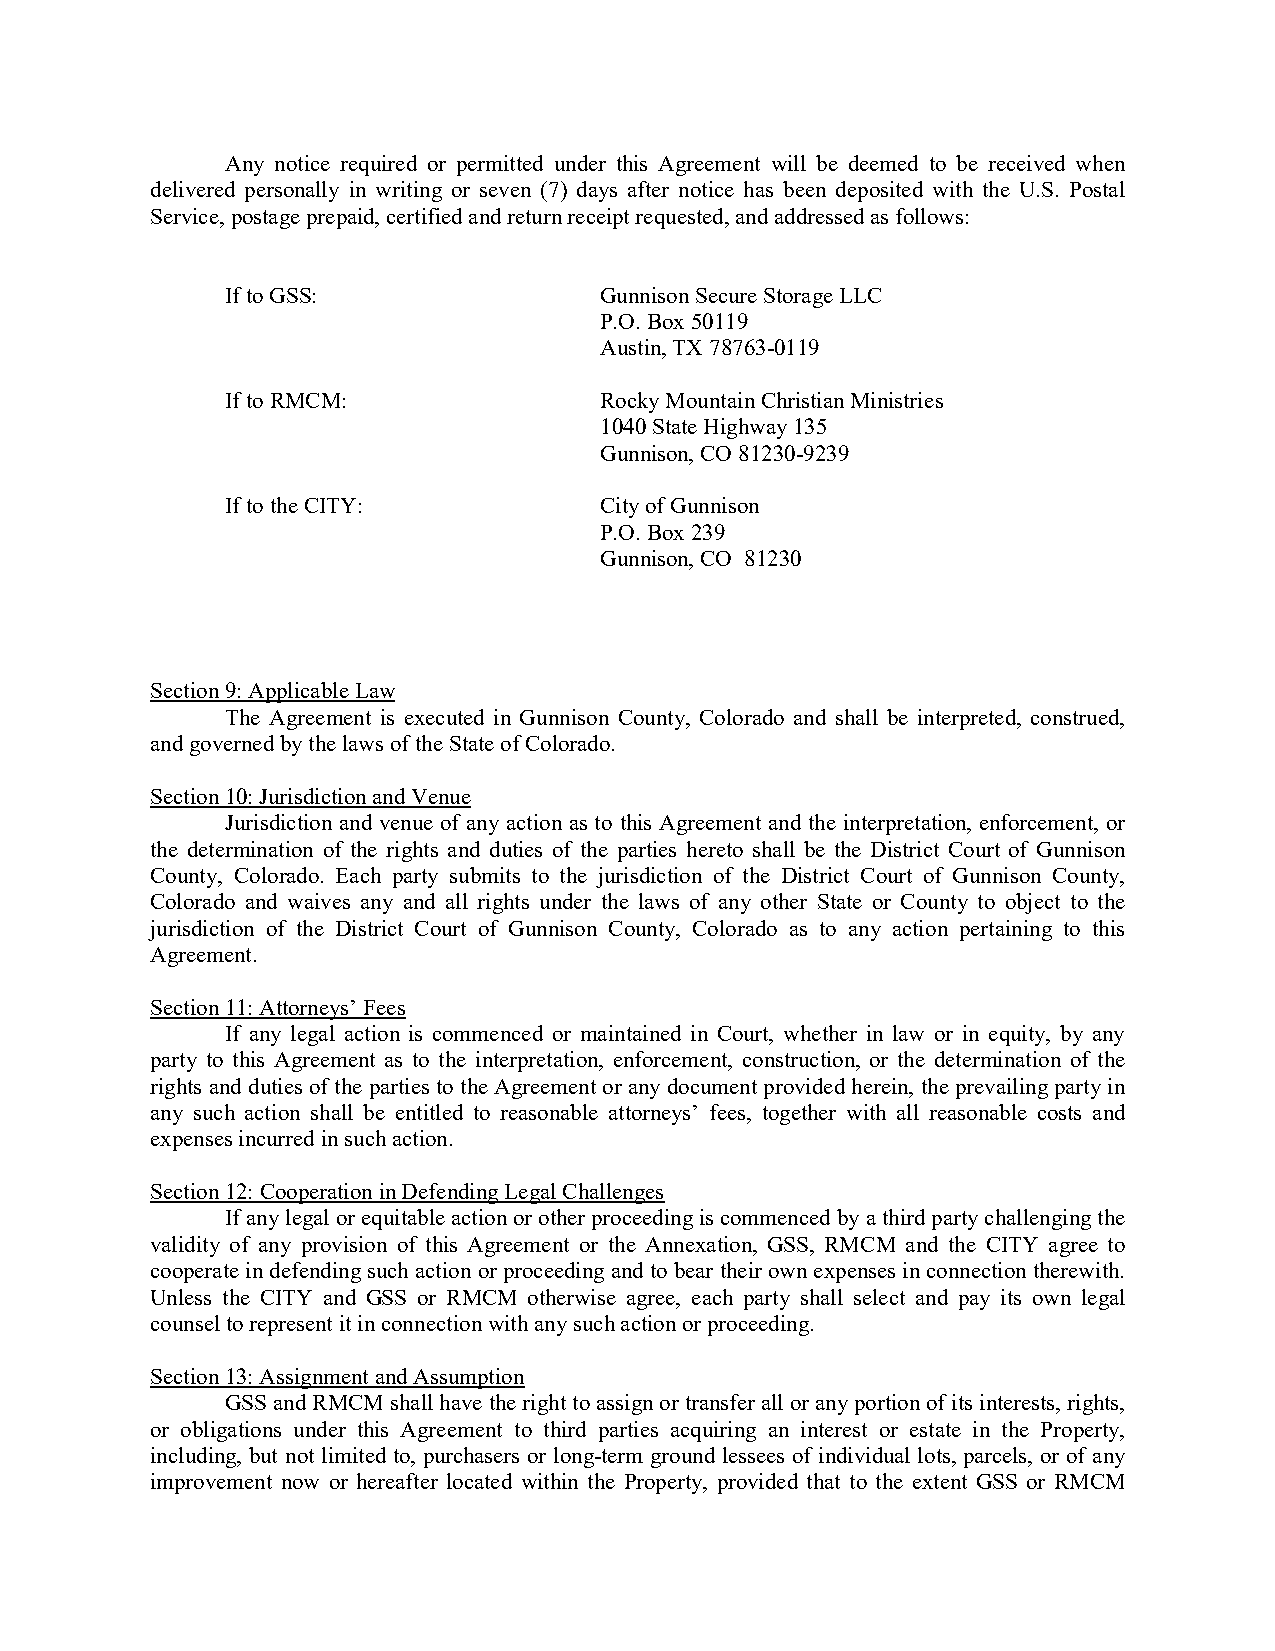
Any notice required or permitted under this Agreement will be deemed to be received when
 delivered personally in writing or seven (7) days after notice has been deposited with the U.S. Postal
 Service, postage prepaid, certified and return receipt requested, and addressed as follows:
 If to GSS:               Gunnison Secure Storage LLC
 P.O. Box 50119
 Austin, TX 78763-0119
 If to RMCM:              Rocky Mountain Christian Ministries
 1040 State Highway 135
 Gunnison, CO 81230-9239
 If to the CITY:          City of Gunnison
 P.O. Box 239
 Gunnison, CO 81230
 Section 9: Applicable Law
 The Agreement is executed in Gunnison County, Colorado and shall be interpreted, construed,
 and governed by the laws of the State of Colorado.
 Section 10: Jurisdiction and Venue
 Jurisdiction and venue of any action as to this Agreement and the interpretation, enforcement, or
 the determination of the rights and duties of the parties hereto shall be the District Court of Gunnison
 County, Colorado. Each party submits to the jurisdiction of the District Court of Gunnison County,
 Colorado and waives any and all rights under the laws of any other State or County to object to the
 jurisdiction of the District Court of Gunnison County, Colorado as to any action pertaining to this
 Agreement.
 Section 11: Attorneys’ Fees
 If any legal action is commenced or maintained in Court, whether in law or in equity, by any
 party to this Agreement as to the interpretation, enforcement, construction, or the determination of the
 rights and duties of the parties to the Agreement or any document provided herein, the prevailing party in
 any such action shall be entitled to reasonable attorneys’ fees, together with all reasonable costs and
 expenses incurred in such action.
 Section 12: Cooperation in Defending Legal Challenges
 If any legal or equitable action or other proceeding is commenced by a third party challenging the
 validity of any provision of this Agreement or the Annexation, GSS, RMCM and the CITY agree to
 cooperate in defending such action or proceeding and to bear their own expenses in connection therewith.
 Unless the CITY and GSS or RMCM otherwise agree, each party shall select and pay its own legal
 counsel to represent it in connection with any such action or proceeding.
 Section 13: Assignment and Assumption
 GSS and RMCM shall have the right to assign or transfer all or any portion of its interests, rights,
 or obligations under this Agreement to third parties acquiring an interest or estate in the Property,
 including, but not limited to, purchasers or long-term ground lessees of individual lots, parcels, or of any
 improvement now or hereafter located within the Property, provided that to the extent GSS or RMCM